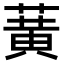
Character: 𫉉